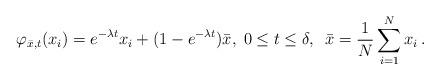
LaTeX: \begin{align*}\varphi_{ \bar x , t}( x_i ) = e^{ - \lambda t } x_i + ( 1 - e^{-\lambda t }) \bar x , \; 0 \le t \le \delta ,\;\; \bar x = \frac{1}{N} \sum_{ i=1}^N x_i\, .\end{align*}